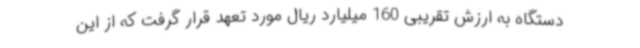
دستگاه به ارزش تقریبی 160 میلیارد ریال مورد تعهد قرار گرفت که از این